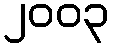
၂၀၀၃